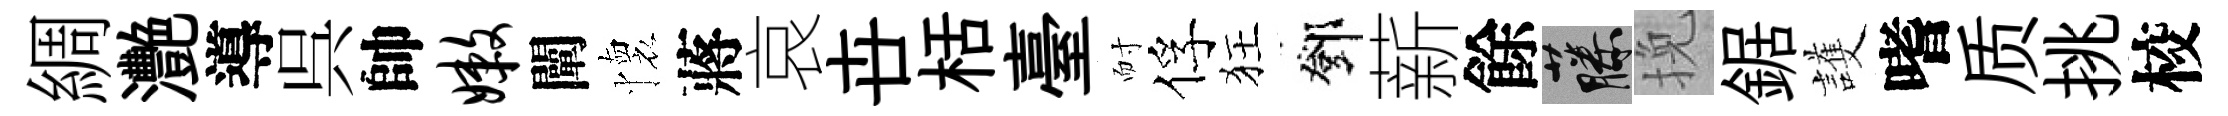
綢灧導呉帥嫩闡懷蔣哀卋栝臺耐俘狂鄧薪餘藤挽鋸護嗜质挑校